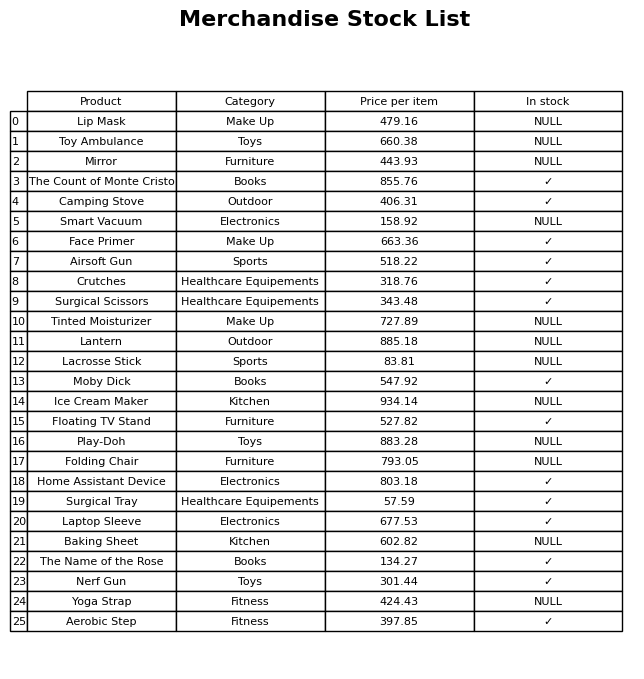
question: Which products are available in stock?
answer: The Count of Monte Cristo, Camping Stove, Face Primer, Airsoft Gun, Crutches, Surgical Scissors, Moby Dick, Floating TV Stand, Home Assistant Device, Surgical Tray, Laptop Sleeve, The Name of the Rose, Nerf Gun, Aerobic Step